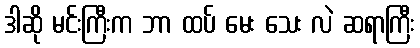
ဒါဆို မင်းကြီးက ဘာ ထပ် မေး သေး လဲ ဆရာကြီး